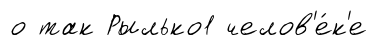
о так Рылько1 челов'е́к'е